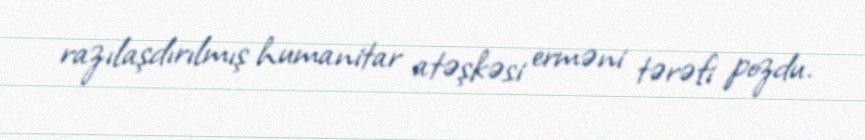
razılaşdırılmış humanitar atəşkəsi erməni tərəfi pozdu.